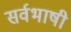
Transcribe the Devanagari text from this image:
सर्वभाषी